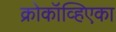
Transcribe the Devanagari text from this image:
क्रोकॉव्हिएका